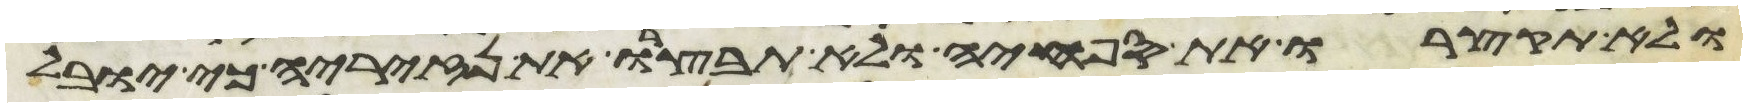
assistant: ולא תקצרו את ספחיה ולא תבצרו את נזיריה כי יובל